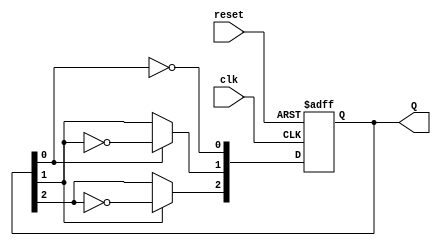
module ripple_counter (
    input wire clk,          // Clock input
    input wire reset,        // Asynchronous reset
    output reg [2:0] Q       // 3-bit output
);

// T flip-flop behavior
always @(posedge clk or posedge reset) begin
    if (reset) begin
        Q <= 3'b000;        // Reset the counter to 0
    end else begin
        Q[0] <= ~Q[0];      // Toggle LSB on every clock pulse
        Q[1] <= Q[0] ? ~Q[1] : Q[1]; // Toggle second bit on LSB falling edge
        Q[2] <= Q[1] ? ~Q[2] : Q[2]; // Toggle third bit on second bit falling edge
    end
end

endmodule